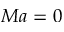
M a = 0